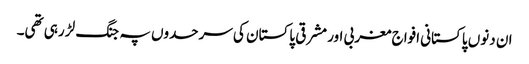
ان دنوں پاکستانی افواج مغربی اور مشرقی پاکستان کی سرحدوں پہ جنگ لڑ رہی تھی۔